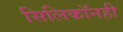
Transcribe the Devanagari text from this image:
सिलिकॉनही